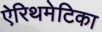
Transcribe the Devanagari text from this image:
ऐरिथमेटिका